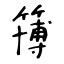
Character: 簙